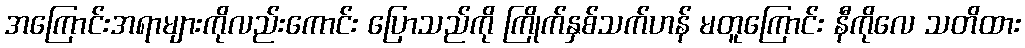
အကြောင်းအရာများကိုလည်းကောင်း ပြောသည်ကို ကြိုက်နှစ်သက်ဟန် မတူကြောင်း နီကိုလေ သတိထား